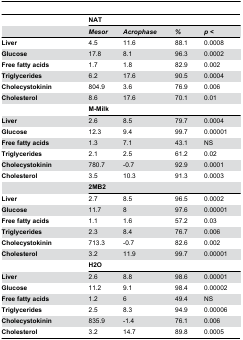
<table><thead><tr><td></td><td colspan="4"><b>NAT</b></td></tr><tr><td></td><td><b><i>Mesor</i></b></td><td><b><i>Acrophase</i></b></td><td><b><i>%</i></b></td><td><b><i>p</i><i></i><i>&lt;</i></b></td></tr></thead><tbody><tr><td><b>Liver</b></td><td>4.5</td><td>11.6</td><td>88.1</td><td>0.0008</td></tr><tr><td><b>Glucose</b></td><td>17.8</td><td>8.1</td><td>96.3</td><td>0.0002</td></tr><tr><td><b>Free fatty acids</b></td><td>1.7</td><td>1.8</td><td>82.9</td><td>0.002</td></tr><tr><td><b>Triglycerides</b></td><td>6.2</td><td>17.6</td><td>90.5</td><td>0.0004</td></tr><tr><td><b>Cholecystokinin</b></td><td>804.9</td><td>3.6</td><td>76.9</td><td>0.006</td></tr><tr><td><b>Cholesterol</b></td><td>8.6</td><td>17.6</td><td>70.1</td><td>0.01</td></tr><tr><td></td><td colspan="4"><b><b>M-Milk</b></b></td></tr><tr><td><b>Liver</b></td><td>2.6</td><td>8.5</td><td>79.7</td><td>0.0004</td></tr><tr><td><b>Glucose</b></td><td>12.3</td><td>9.4</td><td>99.7</td><td>0.00001</td></tr><tr><td><b>Free fatty acids</b></td><td>1.3</td><td>7.1</td><td>43.1</td><td>NS</td></tr><tr><td><b>Triglycerides</b></td><td>2.1</td><td>2.5</td><td>61.2</td><td>0.02</td></tr><tr><td><b>Cholecystokinin</b></td><td>780.7</td><td>-0.7</td><td>92.9</td><td>0.0001</td></tr><tr><td><b>Cholesterol</b></td><td>3.5</td><td>10.3</td><td>91.3</td><td>0.0003</td></tr><tr><td></td><td colspan="4"><b><b>2MB2</b></b></td></tr><tr><td><b>Liver</b></td><td>2.7</td><td>8.5</td><td>96.5</td><td>0.0002</td></tr><tr><td><b>Glucose</b></td><td>11.7</td><td>8</td><td>97.6</td><td>0.00001</td></tr><tr><td><b>Free fatty acids</b></td><td>1.1</td><td>1.6</td><td>57.2</td><td>0.03</td></tr><tr><td><b>Triglycerides</b></td><td>2.3</td><td>8.4</td><td>76.7</td><td>0.006</td></tr><tr><td><b>Cholecystokinin</b></td><td>713.3</td><td>-0.7</td><td>82.6</td><td>0.002</td></tr><tr><td><b>Cholesterol</b></td><td>3.2</td><td>11.9</td><td>99.7</td><td>0.00001</td></tr><tr><td></td><td colspan="4"><b><b>H2O</b></b></td></tr><tr><td><b>Liver</b></td><td>2.6</td><td>8.8</td><td>98.6</td><td>0.00001</td></tr><tr><td><b>Glucose</b></td><td>11.2</td><td>9.1</td><td>98.4</td><td>0.00002</td></tr><tr><td><b>Free fatty acids</b></td><td>1.2</td><td>6</td><td>49.4</td><td>NS</td></tr><tr><td><b>Triglycerides</b></td><td>2.5</td><td>8.3</td><td>94.9</td><td>0.00006</td></tr><tr><td><b>Cholecystokinin</b></td><td>835.9</td><td>-1.4</td><td>76.1</td><td>0.006</td></tr><tr><td><b>Cholesterol</b></td><td>3.2</td><td>14.7</td><td>89.8</td><td>0.0005</td></tr></tbody></table>